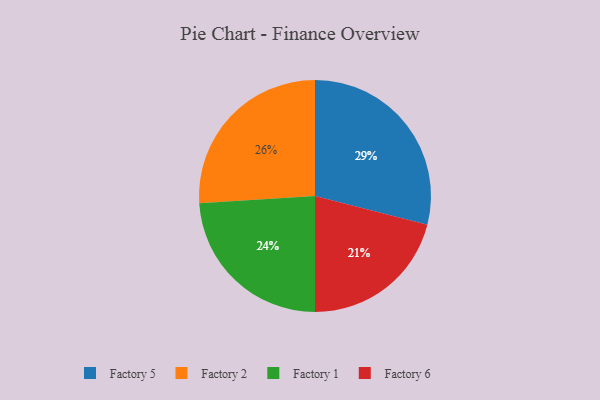
{"axis": {"x": "Category", "y": "Percentage"}, "legend": ["Factory 1", "Factory 2", "Factory 5", "Factory 6"], "data": [{"x": "Factory 5", "y": 29, "type": "Factory 5"}, {"x": "Factory 1", "y": 24, "type": "Factory 1"}, {"x": "Factory 2", "y": 26, "type": "Factory 2"}, {"x": "Factory 6", "y": 21, "type": "Factory 6"}]}